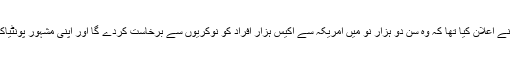
گزشتہ ہفتے ہی جنرل موٹرز نے اعلان کیا تھا کہ وہ سن دو ہزار نو میں امریکہ سے اکیس ہزار افراد کو نوکریوں سے برخاست کردے گا اور اپنی مشہور پونٹیاک برانڈ کو بھی ختم کردے گا۔